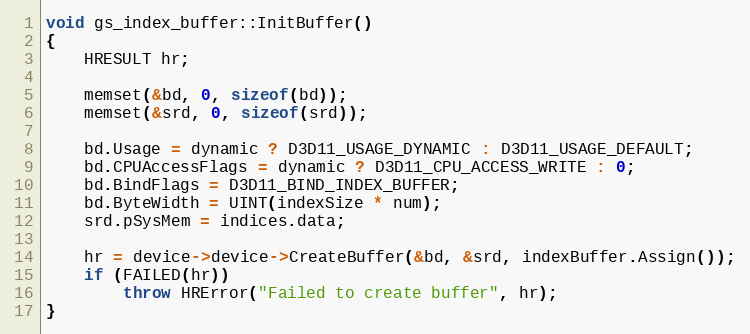
Language: C++
void gs_index_buffer::InitBuffer()
{
	HRESULT hr;

	memset(&bd, 0, sizeof(bd));
	memset(&srd, 0, sizeof(srd));

	bd.Usage = dynamic ? D3D11_USAGE_DYNAMIC : D3D11_USAGE_DEFAULT;
	bd.CPUAccessFlags = dynamic ? D3D11_CPU_ACCESS_WRITE : 0;
	bd.BindFlags = D3D11_BIND_INDEX_BUFFER;
	bd.ByteWidth = UINT(indexSize * num);
	srd.pSysMem = indices.data;

	hr = device->device->CreateBuffer(&bd, &srd, indexBuffer.Assign());
	if (FAILED(hr))
		throw HRError("Failed to create buffer", hr);
}